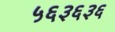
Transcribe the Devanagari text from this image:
५६३६३६